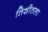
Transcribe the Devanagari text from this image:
तिशीतला